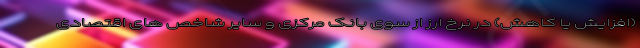
(افزایش یا کاهش) در نرخ ارز از سوی بانک مرکزی و سایر شاخص های اقتصادی